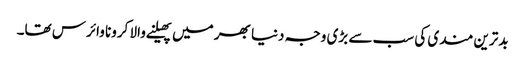
بدترین مندی کی سب سے بڑی وجہ دنیا بھر میں پھیلنے والا کرونا وائرس تھا۔